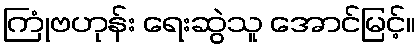
ကြုံဗဟုန်း ရေးဆွဲသူ အောင်မြင့်။